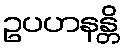
ဥပဟနန္တိ